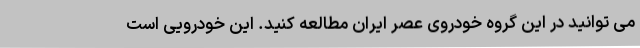
می توانید در این گروه خودروی عصر ایران مطالعه کنید. این خودرویی است